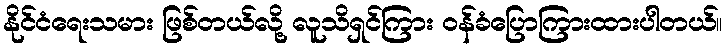
နိုင်ငံရေးသမား ဖြစ်တယ်လို့ လူသိရှင်ကြား ဝန်ခံပြောကြားထားပါတယ်။